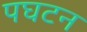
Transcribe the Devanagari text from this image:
पघटन